Bréfritari: Aðalbjartur Bjarnason (Albert Arnason)
Dagsetning: A-1874-11-12
Skrifað á: Ólafsdal  Dal.

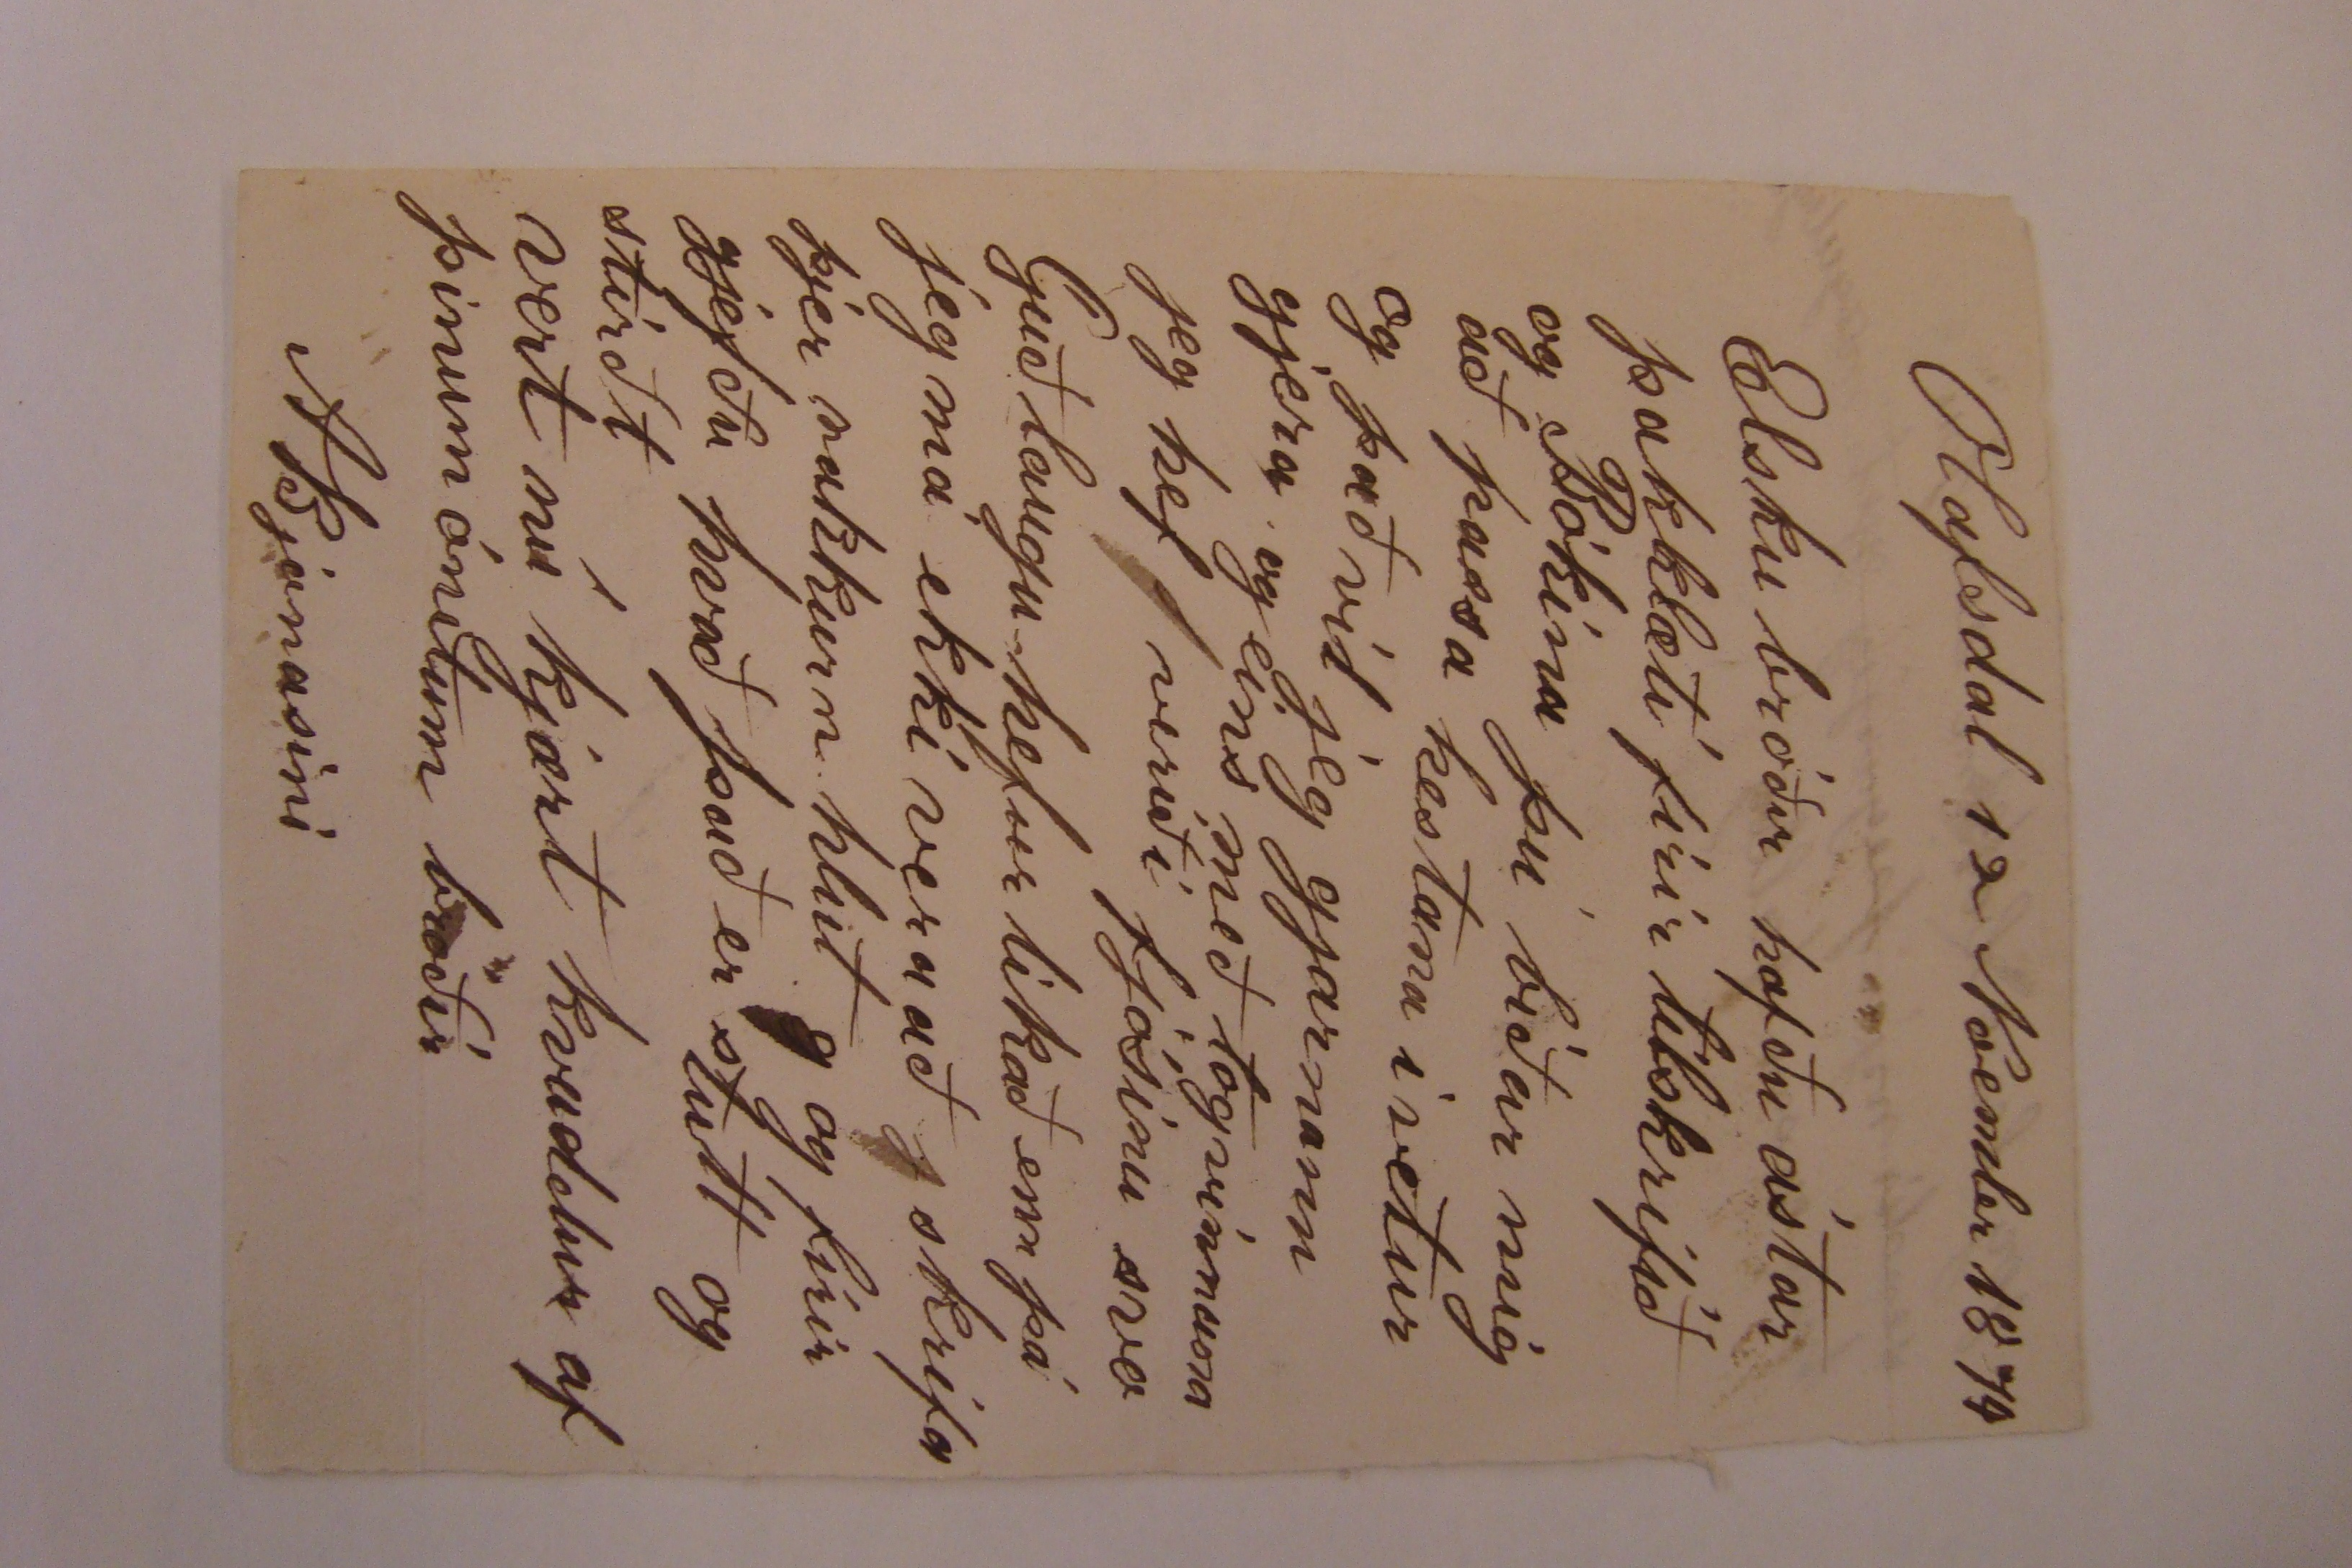

Olafsdal 12 Noember 1874
Elsku bróðir hafðu ástar þakklæti firir tilskrifið og Bókina þú biður mig að passa hestana í vetur og það vil jeg gjarnann gjera og eins með
togrunnuna
jeg hef verið í fjósinu svo Guðlaugu hefur líkað enn þá jeg má ekki vera að skrifa þjer nokkrun hlut og firir gjefðu hvað það er stutt og stirdt
vert nú kjært kvaddur af þínum ónitum bróðir
ABjarnasini
jeg les í bókini sem þú sendir mjer þegar jeg gjet mogulega hun er svo falleg